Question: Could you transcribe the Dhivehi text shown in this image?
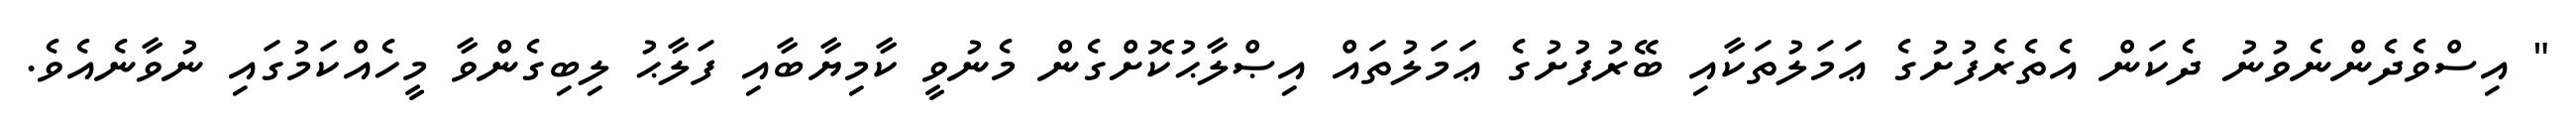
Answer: " އިސްވެދެންނެވުނު ދެކަން އެތެރެފުށުގެ ޢަމަލުތަކާއި ބޭރުފުށުގެ ޢަމަލުތައް އިޞްލާޙުކޮށްގެން މެނުވީ ކާމިޔާބާއި ފަލާޙު ލިބިގެންވާ މީހެއްކަމުގައި ނުވާނެއެވެ.